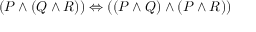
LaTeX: ( P \land ( Q \land R ) ) \Leftrightarrow ( ( P \land Q ) \land ( P \land R ) )